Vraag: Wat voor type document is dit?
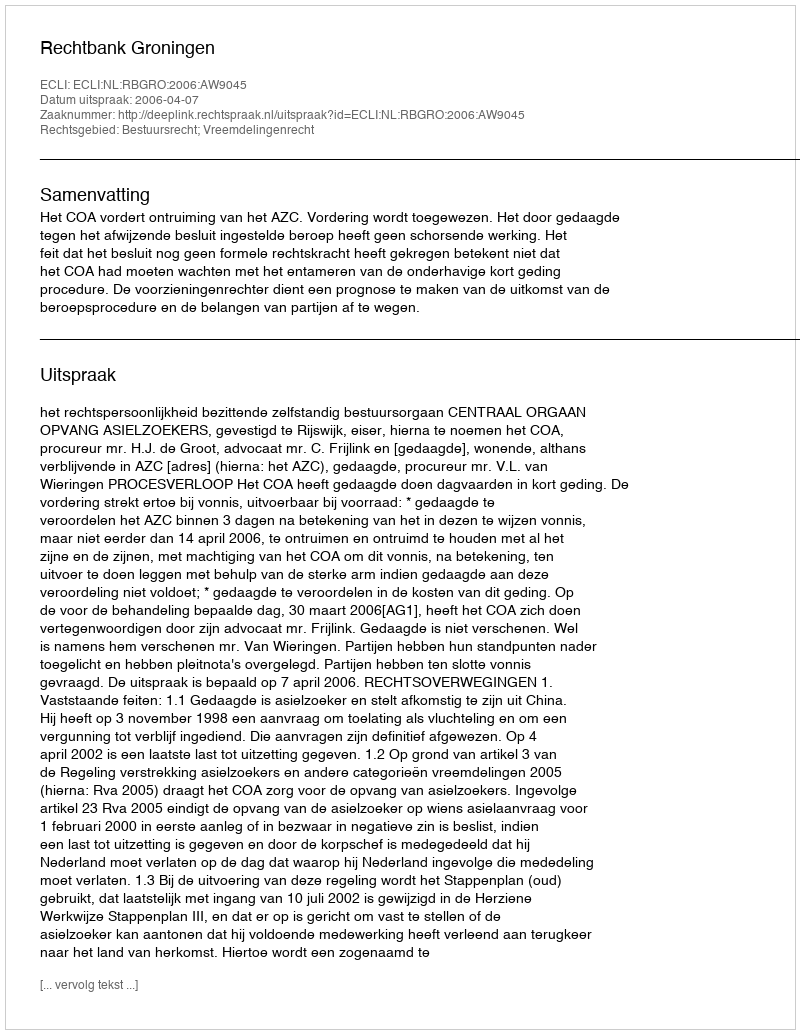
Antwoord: Uitspraak